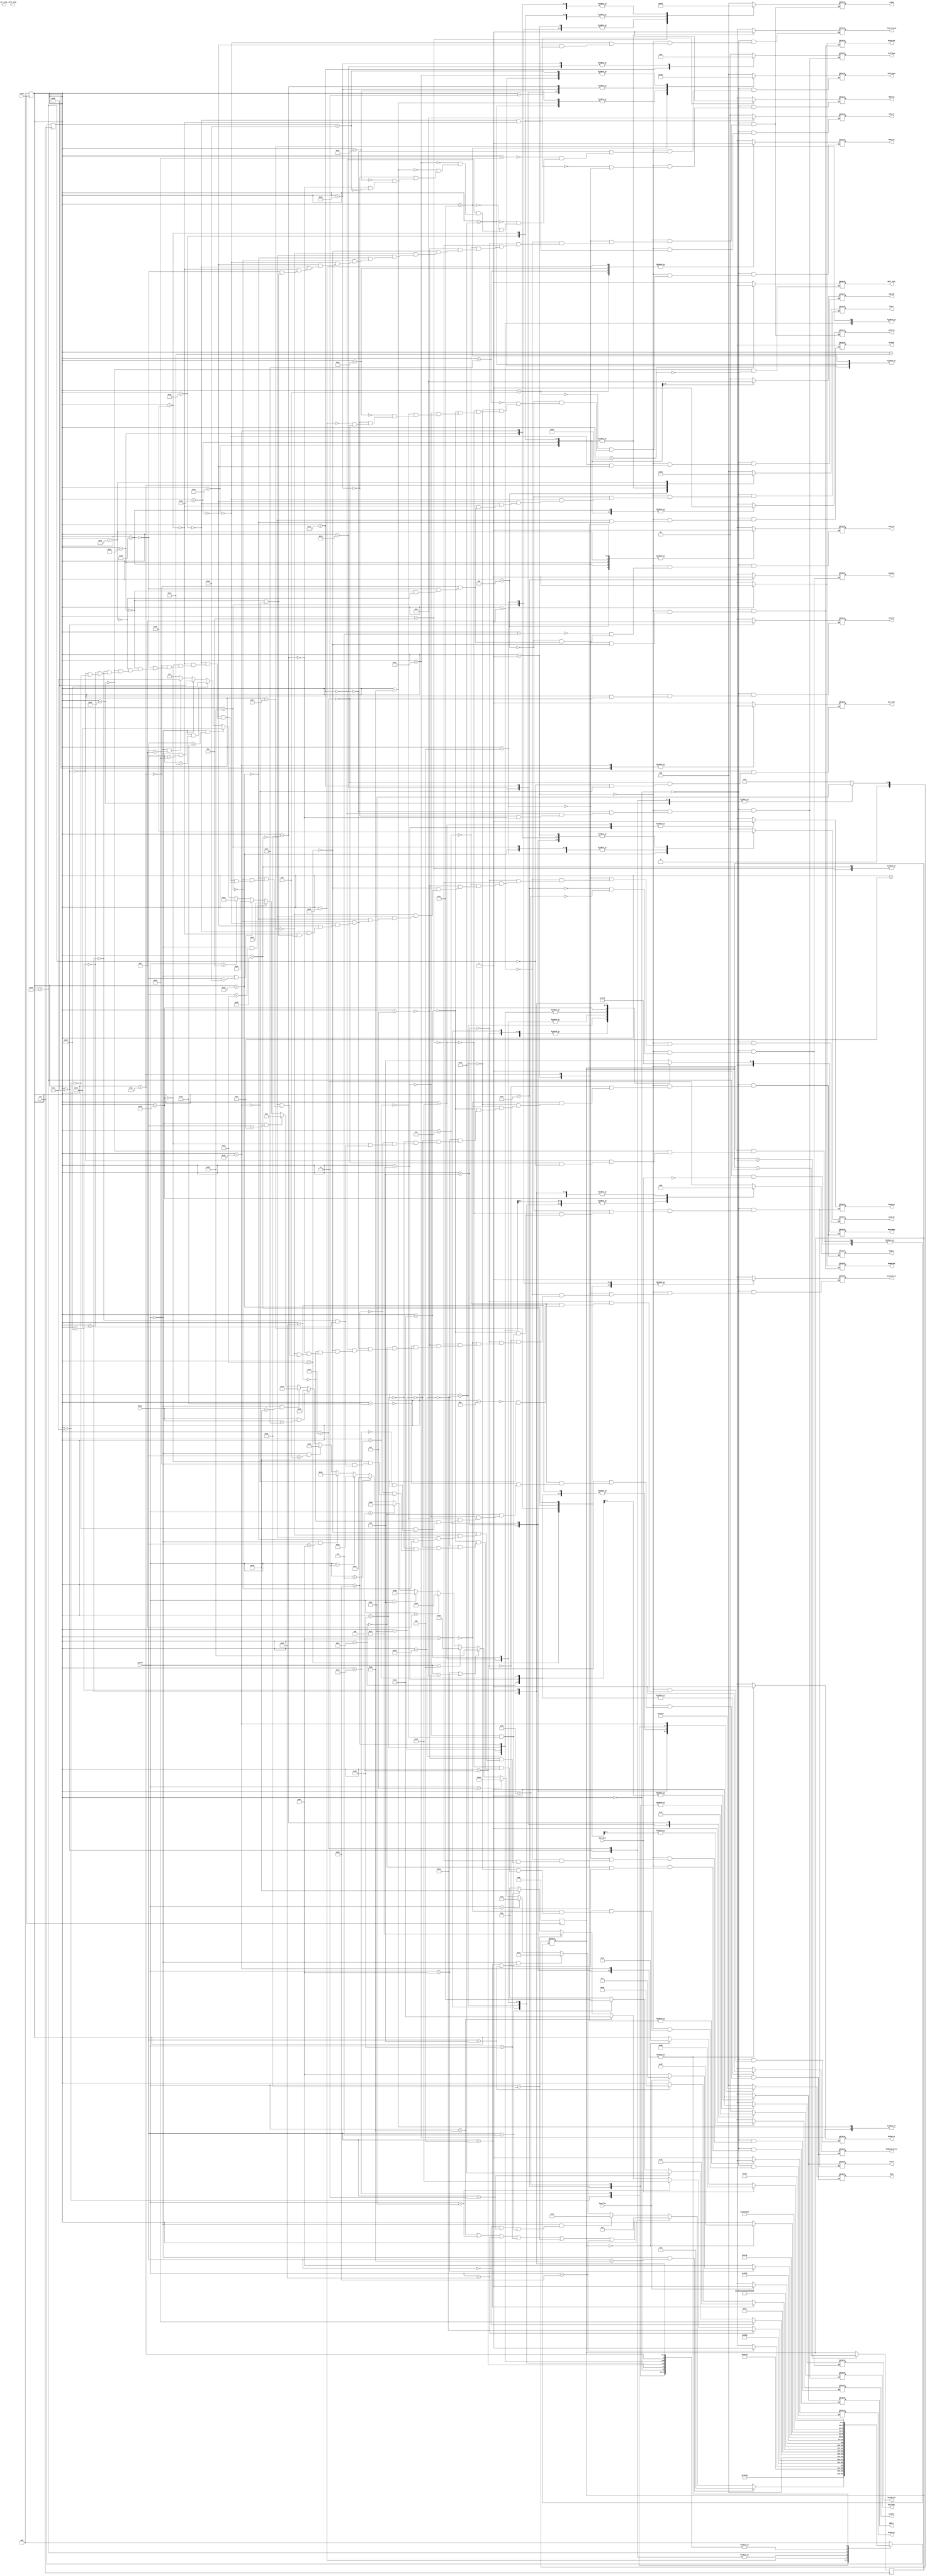
module controladora (
    input wire clk, Overflow, reset, div_zero,
    input wire [5:0] opcode, funct,
    output reg PCWriteCond, PCWrite, WDSrc, MemRead_Write, IRWrite,
                RegWrite, RegALoad, RegBLoad, ALUSrcA, EPCWrite, ALUOSrc, ALUOutWrite,
                GLtMux, TwoBytes, Store, DivOrM, HiLoSrc, HiLoWrite, MDRLoad,
    output reg [1:0] RegDst, ALUSrcB, ShiftQnt, ShiftReg, EQorNE, GTorLT,
    output reg [2:0] IorD, ALUOp, PCSrc, ShiftType,
    output reg [3:0] MemtoReg,
    output reg mult_init, mult_stop, div_init, div_stop
);
    
    /*
     * caue: Estou com medo dessa controladora
     * bruno: Eu tambm
     * eduardo: rs
     *
     *
     * Sb nov 20 s 15:38 - Cau: E l vamos ns.
     * Sb nov 27 s 05:31 - Cau: Socorro.
    */

    parameter op0 = 6'h0;

    parameter sll_funct  = 6'h0,
              sllv_funct = 6'h4,
              sra_funct  = 6'h3,
              srav_funct = 6'h7,
              srl_funct  = 6'h2,
              sram_op    = 6'h1,
              lui_op     = 6'hf;

    parameter add_funct = 6'h20,
              and_funct = 6'h24,
              sub_funct = 6'h22,
              slt_funct = 6'h2a,
              addi_op   = 6'h8,
              addiu_op  = 6'h9,
              slti_op   = 6'ha;
    
    parameter div_funct  = 6'h1a,
              mult_funct = 6'h18,
              mfhi_fun   = 6'h10,
              mflo_fun   = 6'h12,
              divm_fun   = 6'h5;
    
    parameter jr_funct = 6'h8;
              
    parameter lb_op = 6'h20,
              lh_op = 6'h21,
              lw_op = 6'h23,
              sb_op = 6'h28,
              sh_op = 6'h29,
              sw_op = 6'h2b;

    // branchs and jumps opcodes
    parameter beq_op   = 6'h4,
              bne_op   = 6'h5,
              ble_op   = 6'h6,
              bgt_op   = 6'h7,
              j_op     = 6'h2,
              jal_op   = 6'h3;

    // break, rte e jr
    parameter break_fun = 6'hd,
              rte_fun   = 6'h13,
              jr_fun    = 6'h8;


    reg [7:0] state;
    // if you want for N cycles, set the counter to N-1
    // and go to a state where you change the state if the
    // clock is 0
    reg [6:0] counter;

    always @(posedge clk) begin: NEXT_STATE_LOGIC
        if(counter > 0)
            counter <= counter - 1;

        case(state)
            0: begin: GO_TO_1
                state <= 1;
            end

            1: begin: GO_TO_2
                state <= 2;
            end

            2: begin: GO_TO_3
                state <= 3;
            end

            3: begin: GO_TO_4
                state <= 4;
            end

            4: begin: END_OF_CICLOS_COMUNS
                if((opcode == op0) && (funct == add_funct))
                    state <= 5;  // add
                
                else if((opcode == lb_op) ||
                        (opcode == lh_op) ||
                        (opcode == lw_op) ||
                        (opcode == sb_op) ||
                        (opcode == sh_op) ||
                        (opcode == sw_op))
                    state <= 15;  // any load or store

                else if((opcode == op0) && ((funct == sll_funct) || (funct == sra_funct) || (funct == srl_funct)))
                    state = 25;  // sll, sra or srl

                else if((opcode == op0) && ((funct == sllv_funct) || (funct == srav_funct)))
                    state = 30;  // sllv, srav

                else if(opcode == sram_op)
                    state = 34;  // sram

                else if(opcode == lui_op)
                    state = 41;  // lui

                else if((opcode == addi_op) || (opcode == addiu_op))
                    state <= 73; // addi or addiu
                
                else if(opcode == beq_op)
                    state <= 53; // beq

                else if(opcode == bne_op)
                    state <= 54; // bne             

                else if(opcode == bgt_op)
                    state <= 56; // beq 
                else if(opcode == ble_op)
                    state <= 57; // ble

                else if(opcode == j_op)
                    state <= 60; // j

                else if(opcode == jal_op)
                    state <= 59; // jal
                
                //jr
                else if((opcode == op0) && (funct == jr_fun))
                    state <= 61;

                //break       
                else if((opcode == op0) && (funct == break_fun))
                    state <= 51;
                //rte
                else if((opcode == op0) && (funct == rte_fun))
                    state <= 52;

                //mult
                else if((opcode == op0) && (funct == mult_funct))
                    state <= 62;
                
                //and
                else if((opcode == op0) && (funct == and_funct))
                    state <= 10;

                //sub
                else if((opcode == op0) && (funct == sub_funct))
                    state <= 44;

                //slt
                else if((opcode == op0) && (funct == slt_funct))
                    state <= 47;

                else if(opcode == slti_op)
                    state <= 49; // slti
                
                else if((opcode == op0) && (funct == mfhi_fun))
                    state <= 72; //mfhi
                
                else if((opcode == op0) && (funct == mflo_fun))
                    state <= 71; //mflo

                else if((opcode == op0) && (funct == div_funct))
                    state <= 64; //div

                else if((opcode == op0) && (funct == divm_fun))
                    state <= 65; //divm

                else // opcode inexistente
                    state <= 11;
            end

            5: begin
                if(Overflow)
                    state <= 7;  // overflow
                else
                    state <= 6;  // continue add
            end

            6: begin: GO_TO_START_6
                state <= 1;
            end

            7: begin: GO_TO_TRATAMENTO_DE_EXCECAO_PADRAO_7
                state <= 12;
            end

            8: begin: GO_TO_START_8
                state <= 1;
            end

            10: begin
                state <= 6;
            end

            11: begin: GO_TO_TRATAMENTO_DE_EXCECAO_PADRAO_11
                state <= 12;
            end

            12: begin
                state <= 13;    
            end

            13: begin
                state <= 14;
            end

            14: begin: GO_TO_START_14
                state <= 1;
            end

            15: begin
                if(opcode == sw_op)
                    state <= 17;
                else
                    state <= 16;
            end

            16: begin
                state <= 18;
            end

            17: begin
                state <= 1;
            end

            18: begin
                state <= 19;
            end

            19: begin
                if(opcode == lw_op)
                    state <= 20;
                else if(opcode == lh_op)
                    state <= 21;
                else if(opcode == lb_op)
                    state <= 22;
                else if(opcode == sh_op)
                    state <= 23;
                else if(opcode == sb_op)
                    state <= 24;
                else
                    state <= 0;
            end

            20: begin
                state <= 1;
            end

            21: begin
                state <= 1;
            end

            22: begin
                state <= 1;
            end

            23: begin
                state <= 1;
            end

            24: begin
                state <= 1;
            end

            25: begin: GO_TO_24
                if(funct == sll_funct)
                    state <= 26;
                else if(funct == sra_funct)
                    state <= 27;
                else if(funct == srl_funct)
                    state <= 28;
                else
                    state <= 0;
            end

            26: begin
                state <= 29;
            end

            27: begin
                state <= 29;
            end

            28: begin
                state <= 29;
            end

            29: begin
                state <= 1;
            end

            30: begin: GO_TO_23
                if(funct == sllv_funct)
                    state <= 31;
                else if(funct == srav_funct)
                    state <= 32;
            end

            31: begin
                state <= 33;
            end

            32: begin
                state <= 33;
            end

            33: begin: GO_TO_START_24
                state <= 1;
            end

            34: begin
                state <= 35;
            end

            35: begin
                state <= 36;
            end

            36: begin
                state <= 37;
            end

            37: begin
                state <= 38;
            end

            38: begin
                state <= 39;
            end

            39: begin
                state <= 40;
            end

            40: begin
                state <= 1;
            end

            41: begin: GO_TO_27
                state <= 42;
            end

            42: begin: GO_TO_28
                state <= 43;
            end

            43: begin: GO_TO_START_28
                state <= 1;
            end

            44: begin
                if(Overflow)
                    state <= 7;  // overflow
                else
                    state <= 6;  // continue sub
            end

            47: begin
                state <= 6;
            end

            49: begin
                state <= 8;
            end

            73: begin: GO_TO_START_73
                if(opcode == addi_op) begin
                    if(Overflow)
                        state <= 7;  // overflow
                    else
                        state <= 8;  // addi
                end
                else
                    state <= 8;  // addiu
            end

            53: begin
                state <= 1;
            end 

            54: begin
                state <= 1;
            end

            56: begin
                state <= 1;
            end 

            57: begin
                state <= 1;
            end

            59: begin //jal_beginning
                state <= 60; 
            end
            60: begin //jump or jal_end
                state <= 1; 
            end

            61: begin 
                state <= 1;
            end

            51: begin
                state <= 1;
            end

            52: begin 
                state <= 1;
            end 
            
            62: begin
                state <= 74;
            end

            74: begin
                if(counter == 0)
                    state <= 63;
            end

            63: begin
                state <= 1;
            end  

            71: begin
                state <= 1;
            end          

            72: begin
                state <= 1;
            end
            
            64: begin
                state <= 99;
            end

            65: begin
                state <= 66;
            end

            66: begin
                state <= 67;
            end
            67: begin
                state <= 68;
            end
            68: begin
                state <= 99;
            end

            99: begin
                if(div_zero == 1)
                    state <= 70;
                else if(counter == 0)
                    state <= 69;
            end
            69: begin
                state <= 1;      
            end

            70: begin
                state <= 12;
            end

            default: state <= 0;
        endcase
    end

    always @(posedge reset) begin
        counter <= 0;
        state   <= 0;
    end

    always @(state) begin: OUTPUT_LOGIC
        case (state)
            0: begin: RESET
                PCWriteCond   = 0;
                PCWrite       = 0;
                EQorNE        = 0;
                GTorLT        = 0;
                WDSrc         = 0;
                MemRead_Write = 0;
                IRWrite       = 0;
                //RegWrite      = 0;
                RegALoad      = 0;
                RegBLoad      = 0;
                ALUSrcA       = 0;
                EPCWrite      = 0;
                ALUOSrc       = 0;
                ALUOutWrite   = 0;
                GLtMux        = 0;
                TwoBytes      = 0;
                Store         = 0;
                DivOrM        = 0;
                HiLoSrc       = 0;
                HiLoWrite     = 0;
                MDRLoad       = 0;
                //RegDst        = 0;
                ALUSrcB       = 0;
                ShiftQnt      = 0;
                ShiftReg      = 0;
                IorD          = 0;
                ALUOp         = 0;
                PCSrc         = 0;
                ShiftType     = 0;
                //MemtoReg      = 0;

                RegDst   = 2'b11;
                MemtoReg = 4'b0111;
                RegWrite = 1;
            end

            1: begin: START
                PCWriteCond   = 0;
                //PCWrite       = 0;
                EQorNE        = 0;
                GTorLT        = 0;
                WDSrc         = 0;
                //MemRead_Write = 0;
                IRWrite       = 0;
                RegWrite      = 0;
                RegALoad      = 0;
                RegBLoad      = 0;
                //ALUSrcA       = 0;
                EPCWrite      = 0;
                ALUOSrc       = 0;
                ALUOutWrite   = 0;
                GLtMux        = 0;
                TwoBytes      = 0;
                Store         = 0;
                DivOrM        = 0;
                HiLoSrc       = 0;
                HiLoWrite     = 0;
                MDRLoad       = 0;
                RegDst        = 0;
                //ALUSrcB       = 0;
                ShiftQnt      = 0;
                ShiftReg      = 0;
                //IorD          = 0;
                //ALUOp         = 0;
                //PCSrc         = 0;
                ShiftType     = 0;
                MemtoReg      = 0;

                PCWrite       = 1;
                IorD          = 0;
                MemRead_Write = 0;
                ALUSrcA       = 0;
                ALUSrcB       = 1;
                PCSrc         = 0;
                ALUOp         = 1;

                counter <= 0;
            end

            2: begin
                PCWrite = 0;
            end

            3: begin
                IRWrite = 1;
            end

            4: begin: END_OF_CICLOS_COMUNS
                IRWrite     = 0;
                ALUSrcA     = 0;
                ALUSrcB     = 3;
                ALUOp       = 1;
                ALUOSrc     = 0;
                RegALoad    = 1;
                RegBLoad    = 1;
                ALUOutWrite = 1;
            end

            5: begin: ADD
                ALUSrcA     = 1;
                ALUSrcB     = 0;
                ALUOp       = 1;
                ALUOSrc     = 0;
                ALUOutWrite = 1;
            end

            6: begin: END_OF_ADD
                ALUOutWrite = 0;
                MemtoReg    = 0;
                RegDst      = 1;
                RegWrite    = 1;
            end

            7: begin: OVERFLOW
                ALUOutWrite   = 0;
                ALUSrcA       = 0;
                ALUSrcB       = 1;
                ALUOp         = 3'b010;
                EPCWrite      = 1;
                IorD          = 3;
                MemRead_Write = 0;
            end

            8: begin: END_OF_ADDI
                ALUOutWrite = 0;
                MemtoReg    = 0;
                RegDst      = 0;
                RegWrite    = 1;
            end

            10: begin: AND
                ALUSrcA      = 1;
                ALUSrcB      = 0;
                ALUOp        = 3'b011;
                ALUOSrc      = 0;
                ALUOutWrite  = 1;
            end

            11: begin: OPCODE_INEXISTENTE
                IorD           = 2;
                MemRead_Write  = 0;
                ALUSrcA        = 0;
                ALUSrcB        = 1;
                ALUOp          = 3'b010;
                EPCWrite       = 1;
            end

            12: begin: TRATAMENTO_DE_EXCECAO_PADRAO
                EPCWrite = 0;
            end

            13: begin
                MDRLoad = 1;
            end

            14: begin: END_OF_TRATAMENTO_DE_EXCECAO_PADRAO
                MDRLoad  = 0;
                Store    = 0;
                TwoBytes = 0;
                PCSrc    = 3;
                PCWrite  = 1;
            end

            15: begin
                ALUSrcA     = 1;
                ALUSrcB     = 2;
                ALUOp       = 1;
                ALUOSrc     = 0;
                ALUOutWrite = 1;
            end

            16: begin
                IorD         = 1;
                MemRead_Write = 0;
                ALUOutWrite  = 0;
            end

            17: begin
                WDSrc        = 0;
                IorD         = 1;
                MemRead_Write = 1;
                ALUOutWrite  = 1;
            end

            18: begin
                // wait
            end

            19: begin
                MDRLoad = 1;
            end

            20: begin
                MemtoReg = 1;
                RegDst   = 0;
                RegWrite = 1;
                MDRLoad  = 0;
            end

            21: begin
                Store    = 0;
                TwoBytes = 1;
                MemtoReg = 2;
                RegDst   = 0;
                RegWrite = 1;
                MDRLoad  = 0;
            end

            22: begin
                Store    = 0;
                TwoBytes = 0;
                MemtoReg = 2;
                RegDst   = 0;
                RegWrite = 1;
                MDRLoad  = 0;
            end

            23: begin
                Store         = 1;
                TwoBytes      = 1;
                WDSrc         = 1;
                IorD          = 1;
                MemRead_Write = 1;
                MDRLoad       = 0;
            end

            24: begin
                Store         = 1;
                TwoBytes      = 0;
                WDSrc         = 1;
                IorD          = 1;
                MemRead_Write = 1;
                MDRLoad       = 0;
            end

            25: begin: SLL_SRA_SRL_START
                ShiftQnt    = 2'b01;
                ShiftReg    = 2'b10;
                ShiftType   = 3'b001;
                ALUOutWrite = 0;
            end

            26: begin
                ShiftType = 3'b010;
            end

            27: begin
                ShiftType = 3'b100;
            end

            28: begin
                ShiftType = 3'b011;
            end

            29: begin
                RegDst   = 2'b01;
                MemtoReg = 4'b0011;
                RegWrite = 1;
            end

            30: begin: SLLV_SRAV_START
                ShiftQnt    = 2'b11;
                ShiftReg    = 2'b01;
                ShiftType   = 3'b001;
                ALUOutWrite = 0;
            end

            31: begin
                ShiftType = 3'b010;
            end

            32: begin
                ShiftType = 3'b100;
            end

            33: begin: SLL_SRA_SRL_SLLV_SRAV_END
                RegDst      = 2'b01;
                MemtoReg    = 4'b0011;
                RegWrite    = 1;
            end

            34: begin: SRAM_START_34
                RegALoad    = 0;
                RegBLoad    = 0;
                ALUSrcA     = 1;
                ALUSrcB     = 2;
                ALUOp       = 1;
                ALUOSrc     = 0;
                ALUOutWrite = 1;
            end

            35: begin: SRAM_START_35
                ALUOutWrite   = 0;
                IorD          = 1;
                MemRead_Write = 0;
            end

            36: begin: SRAM_START_36
                // wait
            end

            37: begin: SRAM_START_37
                MDRLoad = 1;
            end

            38: begin: SRAM_START_38
                MDRLoad   = 0;
                ShiftQnt  = 0;
                ShiftReg  = 2;
                ShiftType = 1;
            end

            39: begin: SRAM_START_39
                ShiftType = 4;
            end

            40: begin: SRAM_START_40
                RegDst   = 0;
                MemtoReg = 4'b0011;
                RegWrite = 1;
            end

            41: begin: LUI_START
                ShiftQnt    = 2'b10;
                ShiftReg    = 2'b00;
                ShiftType   = 3'b001;
                ALUOutWrite = 0;
            end

            42: begin: LUI_SELECTION
                ShiftType   = 3'b010;
            end

            43: begin: SRAM_LUI_END
                RegDst      = 2'b00;
                MemtoReg    = 4'b0011;
                RegWrite    = 1;
            end

            44: begin: SUB
                ALUSrcA     = 1;
                ALUSrcB     = 0;
                ALUOp       = 3'b010;
                ALUOSrc     = 0;
                ALUOutWrite = 1;
            end

            47: begin: SLT
                ALUSrcA     = 1;
                ALUSrcB     = 0;
                ALUOp       = 3'b111;
                GLtMux      = 0;
                ALUOSrc     = 1;
                ALUOutWrite = 1;
            end

            49: begin: SLTI
                ALUSrcA     = 1;
                ALUSrcB     = 2;
                ALUOp       = 3'b111;
                GLtMux      = 0;
                ALUOSrc     = 1;
                ALUOutWrite = 1;
            end

            73: begin: ADDI_OR_ADDIU
                ALUSrcA     = 1;
                ALUSrcB     = 2;
                ALUOp       = 1;
                ALUOSrc     = 0;
                ALUOutWrite = 1;
            end
            
            // caue:
            53: begin: BEQ
                ALUSrcA     = 1;
                ALUSrcB     = 0;
                ALUOp       = 3'b010;
                PCSrc       = 1;
                ALUOutWrite = 0;
                EQorNE      = 2'b10;
                PCWriteCond = 1;
            end

            54: begin: BNQ
                ALUSrcA     = 1;
                ALUSrcB     = 0;
                ALUOp       = 3'b010;
                PCSrc       = 1;
                ALUOutWrite = 0;
                EQorNE      = 2'b01;
                PCWriteCond = 1;
            end


            56: begin: BGT
                ALUSrcA     = 1;
                ALUSrcB     = 0;
                ALUOp       = 3'b111;
                PCSrc       = 1;
                ALUOutWrite = 0;
                GTorLT      = 2'b10;
                PCWriteCond = 1;
            end

            57: begin: BLE
                ALUSrcA     = 1;
                ALUSrcB     = 0;
                ALUOp       = 3'b111;
                PCSrc       = 1;
                ALUOutWrite = 0;
                GTorLT      = 2'b01;
                PCWriteCond = 1;
            end

            59: begin: JAL
                RegDst = 2;
                MemtoReg = 6;
                RegWrite = 1;
                ALUOutWrite = 0;
            end

            60: begin: Jump_or_Jal
                PCSrc = 2;
                PCWrite = 1;
                RegWrite = 0;
                ALUOutWrite = 0;
            end

            61: begin: JR
                ALUSrcA = 1;
                ALUOp = 3'b000;
                PCSrc = 0;
                PCWrite = 1;
                ALUOutWrite = 0;
            end

            51: begin: Break
                ALUSrcA = 0;
                ALUSrcB = 1;
                ALUOp = 3'b010;
                PCSrc = 0;
                PCWrite = 1;
                ALUOutWrite = 0;                
            end

            52: begin: rte
                PCSrc = 4;
                PCWrite = 1;
                ALUOutWrite = 0;
            end

            62: begin
                ALUOutWrite = 0;
                mult_init = 1;
                counter = 33; 
            end

            74: begin
                mult_init = 0;
            end

            63: begin
                HiLoSrc = 1;
                HiLoWrite = 1;
            end


            72: begin
                MemtoReg = 4;
                RegWrite = 1;
                RegDst = 1;
                ALUOutWrite = 0;  
            end

            71: begin
                MemtoReg = 5;
                RegWrite = 1;
                RegDst = 1;
                ALUOutWrite = 0;
            end

            64: begin
                DivOrM = 1;
                ALUOutWrite = 0;
                div_init = 1'b1;
                counter = 33; 
            end

            65: begin
                IorD = 5;
                MemRead_Write = 0;
                ALUOutWrite = 0;
            end 

            66: begin
                IorD = 6;
                MemRead_Write = 0;
            end
            
            67: begin
                MDRLoad = 1;
            end
            
            68: begin
                DivOrM = 0;
                MDRLoad = 0;
                div_init = 1'b1;
                counter = 33; 
            end    


            69: begin
                HiLoSrc = 0;
                HiLoWrite = 1;
            end 

            99: begin
                if(div_zero == 1'b1) begin
                    counter <= 0;
                end
                div_init = 1'b0;
            end

            70: begin
                div_init = 1'b0;
                IorD = 4;
                MemRead_Write = 0;
                ALUSrcA = 0;
                ALUSrcB = 1;
                ALUOp = 3'b010;
                EPCWrite = 1;
            end

        endcase
    end

endmodule